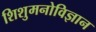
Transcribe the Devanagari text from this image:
शिशुमनोविज्ञान